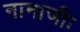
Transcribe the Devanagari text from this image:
नानाजीः